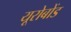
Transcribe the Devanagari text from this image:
यूरोबोंड